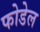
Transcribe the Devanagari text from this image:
फोडेल